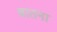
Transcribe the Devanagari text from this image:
बातना